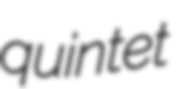
quintet